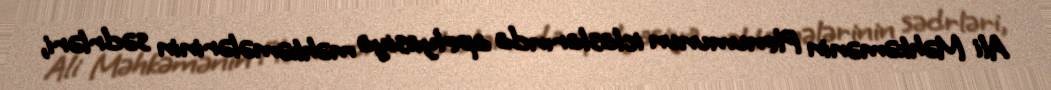
Ali Məhkəmənin Plenumunun iclaslarında apelyasiya məhkəmələrinin sədrləri,